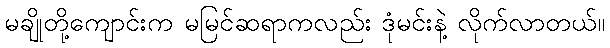
မချိုတို့ကျောင်းက မမြင်ဆရာကလည်း ဒုံမင်းနဲ့ လိုက်လာတယ်။